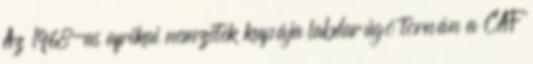
Az 1968-as afrikai nemzetek kupája labdarúgó tornán a CAF